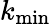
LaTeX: k_{\mathrm{min}}